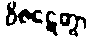
ဝိဇဋေတွာ